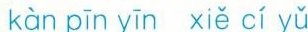
kàn pīn yīn xiě cí yǔ